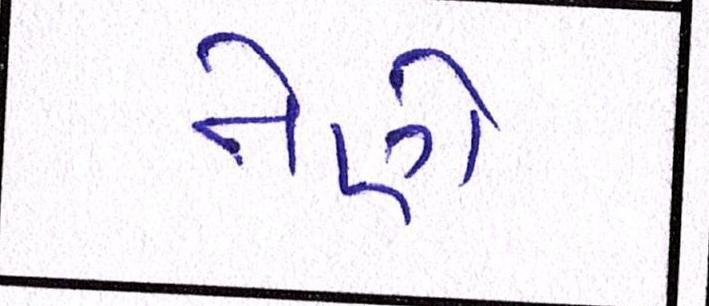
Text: તેણે